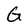
Character: G